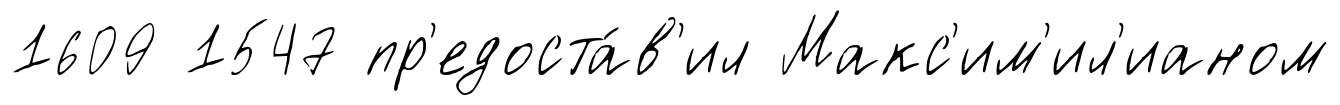
1609 1547 пр'едоста́в'ил Макс'им'ил'ианом